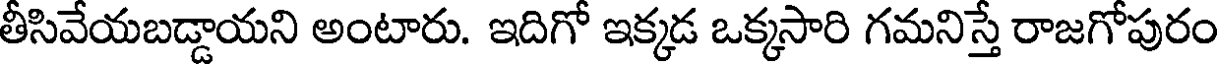
తీసివేయబడ్డాయని అంటారు. ఇదిగో ఇక్కడ ఒక్కసారి గమనిస్తే రాజగోపురం